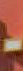
-